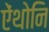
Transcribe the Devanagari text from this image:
ऐंथोनि